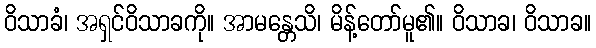
ဝိသာခံ၊ အရှင်ဝိသာခကို။ အာမန္တေသိ၊ မိန့်တော်မူ၏။ ဝိသာခ၊ ဝိသာခ။